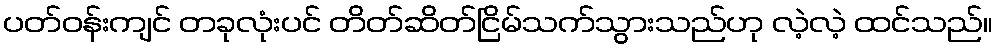
ပတ်ဝန်းကျင် တခုလုံးပင် တိတ်ဆိတ်ငြိမ်သက်သွားသည်ဟု လဲ့လဲ့ ထင်သည်။